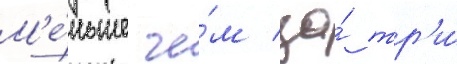
М'е́ньше че́м за́ тр'и́